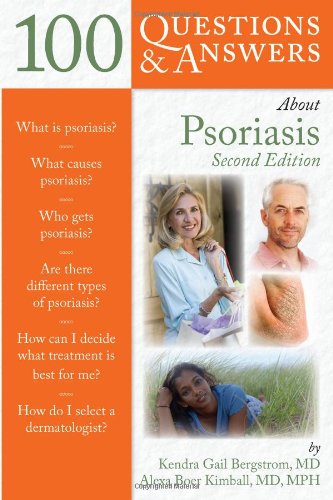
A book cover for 100 Questions  &  Answers About Psoriasis; Kendra Gail Bergstrom; Health, Fitness & Dieting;